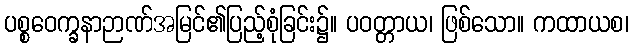
ပစ္စဝေက္ခနာဉာဏ်အမြင်၏ပြည့်စုံခြင်း၌။ ပဝတ္တာယ၊ ဖြစ်သော။ ကထာယစ၊